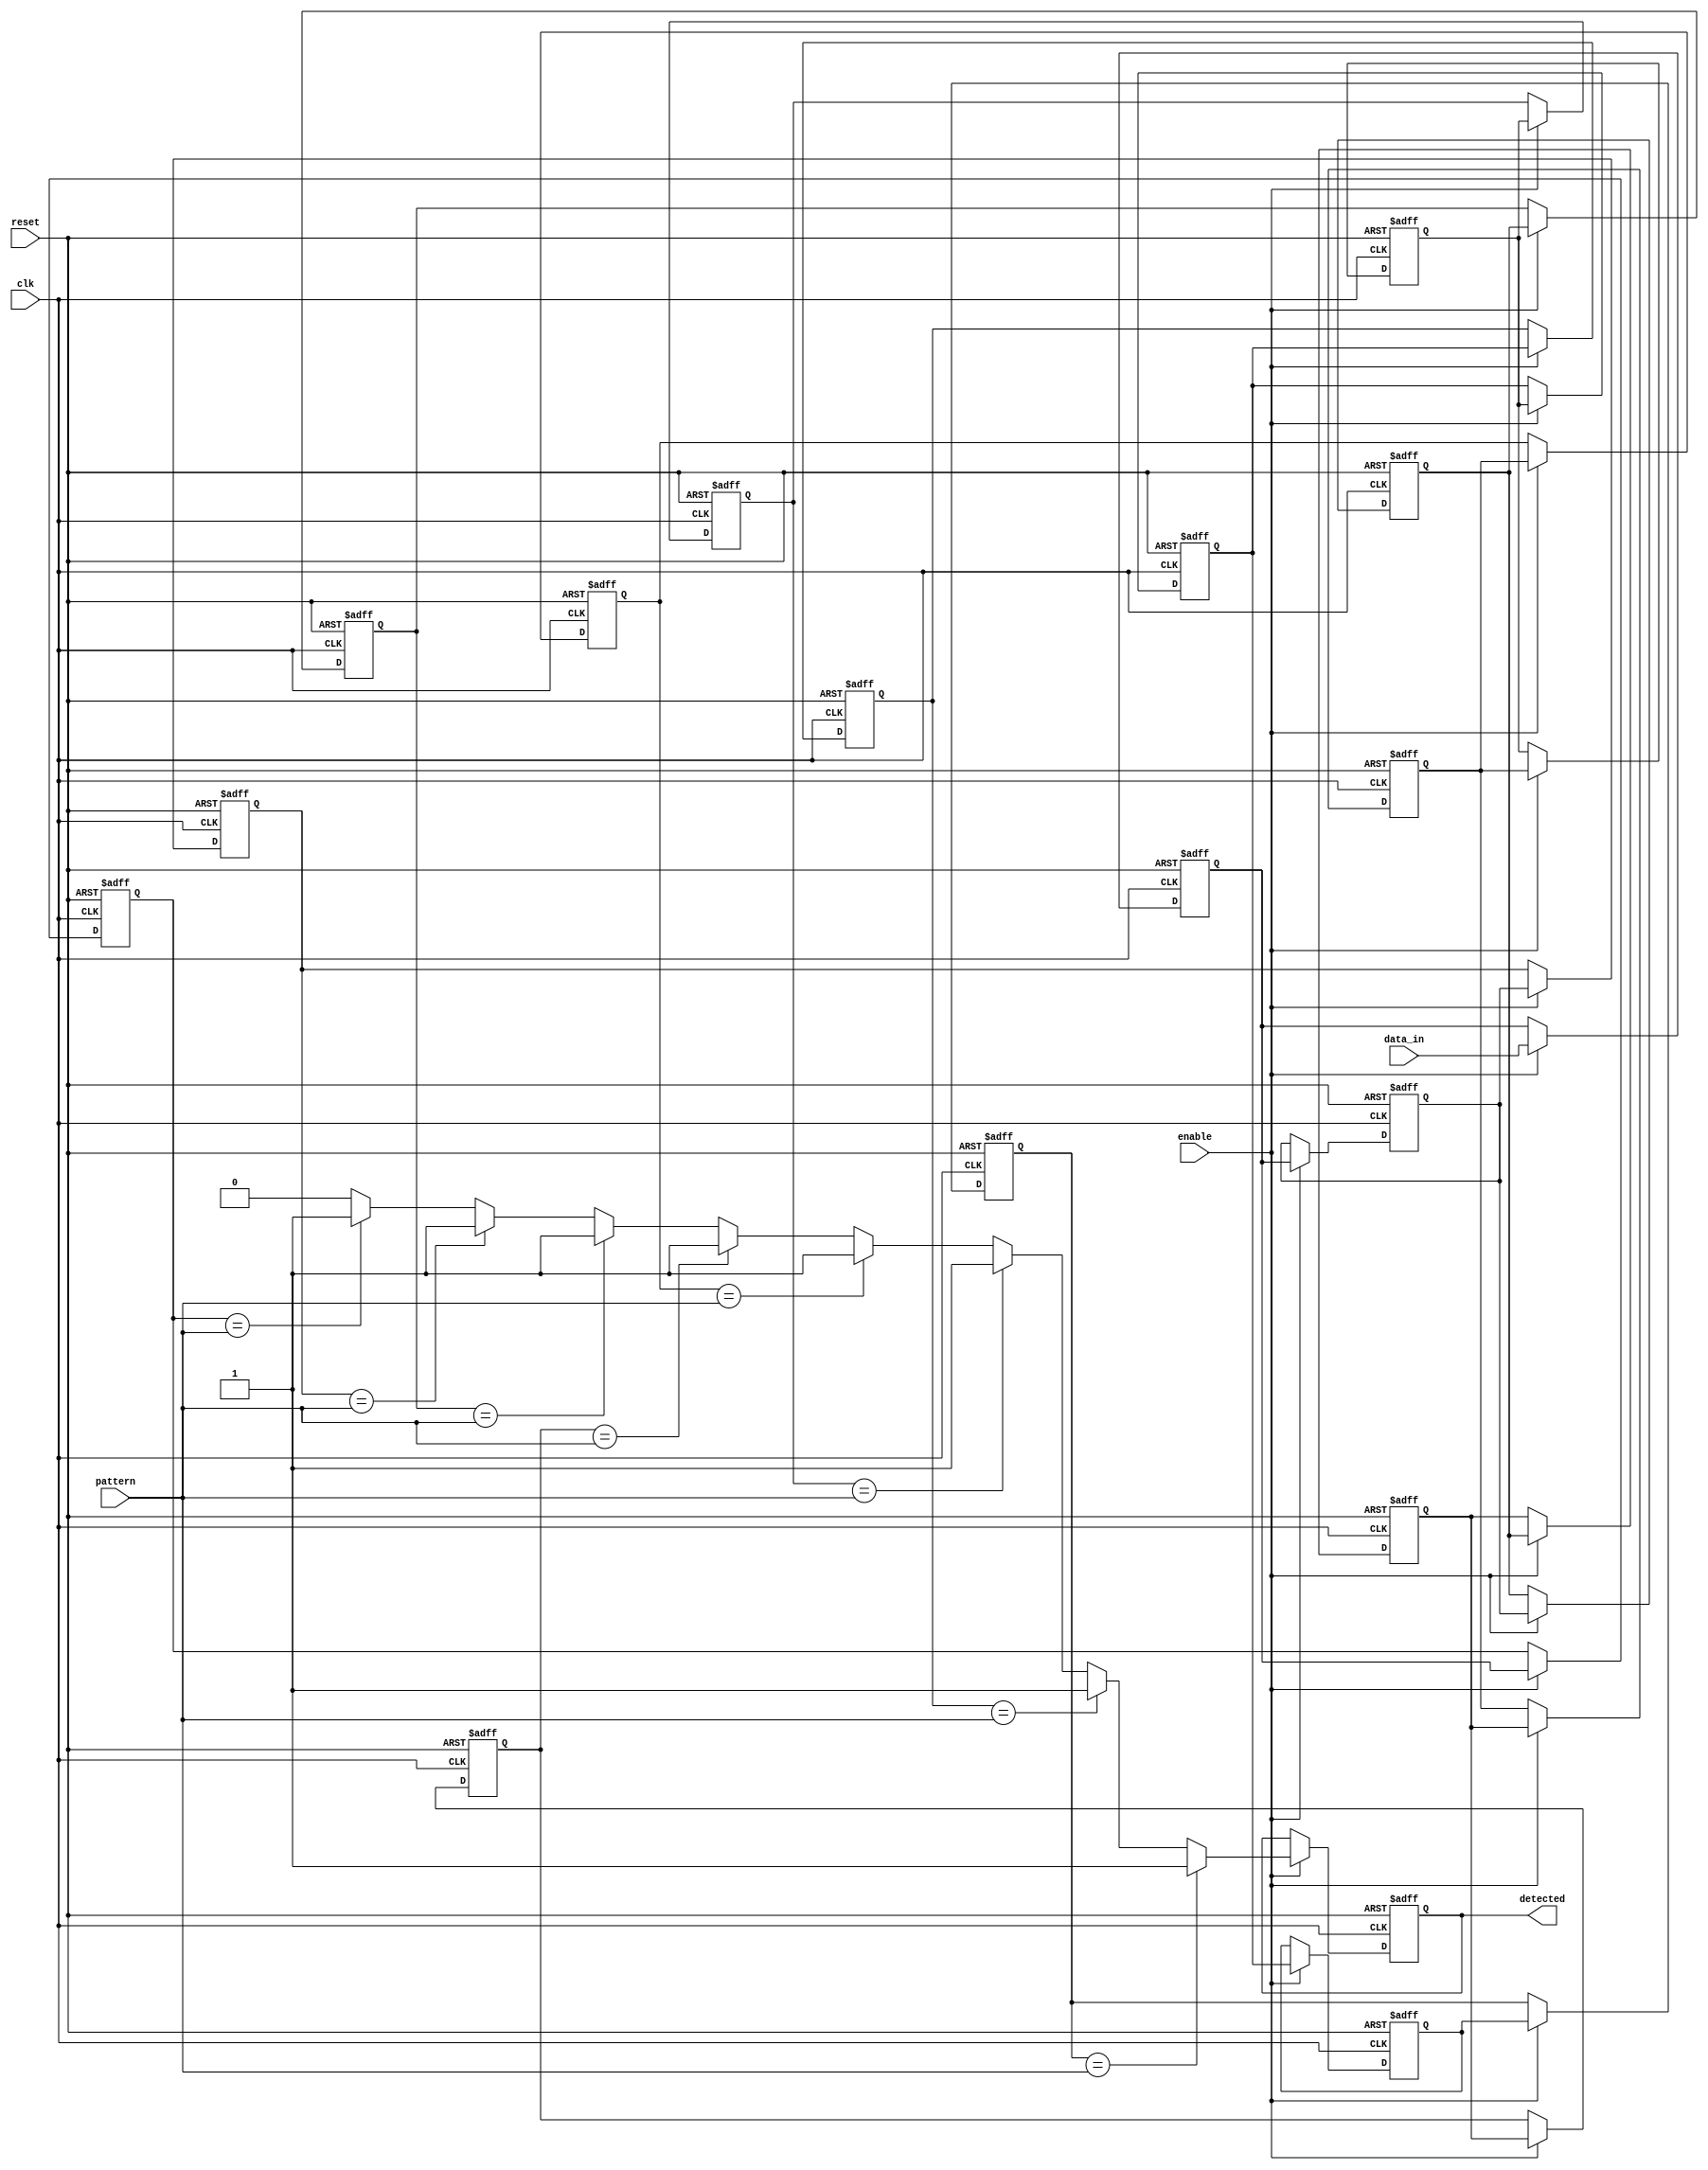
module MemoryBlocksSamplingDelayLineDetector #(
    parameter DATA_WIDTH = 8,         // Width of the input signal
    parameter MEMORY_BLOCKS = 8,      // Number of memory blocks
    parameter PATTERN_WIDTH = 8        // Width of the pattern to detect
)(
    input wire clk,                   // Clock signal
    input wire reset,                 // Reset signal
    input wire enable,                // Enable the sampling process
    input wire [DATA_WIDTH-1:0] data_in, // Incoming data stream
    input wire [PATTERN_WIDTH-1:0] pattern, // Pattern to detect
    output reg detected               // Detection output
);

    reg [DATA_WIDTH-1:0] delay_line [0:MEMORY_BLOCKS-1]; // Delay line storage
    reg [MEMORY_BLOCKS-1:0] memory_blocks [0:MEMORY_BLOCKS-1]; // Memory blocks
    integer i;

    // Sequential logic to implement the delay line and sampling
    always @(posedge clk or posedge reset) begin
        if (reset) begin
            // Reset all memory blocks and delay line
            for (i = 0; i < MEMORY_BLOCKS; i = i + 1) begin
                delay_line[i] <= 0;
                memory_blocks[i] <= 0;
            end
            detected <= 0;
        end else if (enable) begin
            // Shift delay line
            for (i = MEMORY_BLOCKS-1; i > 0; i = i - 1) begin
                delay_line[i] <= delay_line[i-1];
            end
            delay_line[0] <= data_in; // Store incoming data in the first stage

            // Sampling into memory blocks
            for (i = 0; i < MEMORY_BLOCKS; i = i + 1) begin
                memory_blocks[i] <= delay_line[i];
            end

            // Comparison logic
            detected <= 0; // Reset detected flag
            for (i = 0; i < MEMORY_BLOCKS; i = i + 1) begin
                if (memory_blocks[i] == pattern) begin
                    detected <= 1; // Pattern detected
                end
            end
        end
    end

endmodule